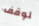
لوقف